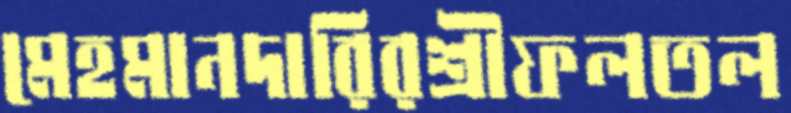
মেহমানদারিরশ্রীফলতল